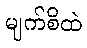
မျက်စိထဲ